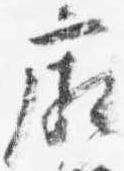
廂